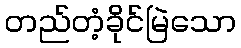
တည်တံ့ခိုင်မြဲသော